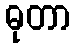
ဓုတာ